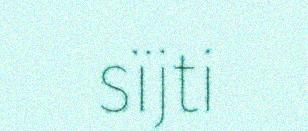
sïjti